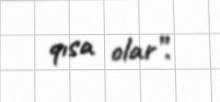
qısa olar”.